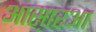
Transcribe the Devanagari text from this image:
आस़ारआ